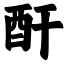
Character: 酐